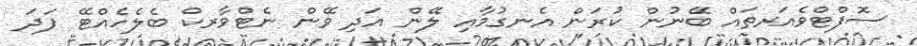
ސޮފްޓްވެއަރތައް ބޭނުން ކުރަން އެނގުމާއި ލޭން އަދި ވޭން ނެޓްވާރކް ބެލެހެއްޓޭ ފަދަ